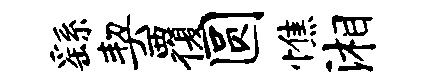
繇契覆圆憔湘